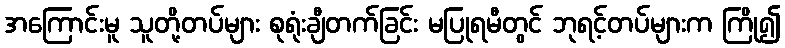
အကြောင်းမူ သူတို့တပ်များ စုရုံးချီတက်ခြင်း မပြုရမီတွင် ဘုရင့်တပ်များက ကြို၍